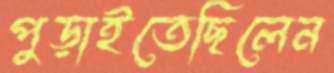
পুড়াইতেছিলেন